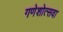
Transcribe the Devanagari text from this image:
गणेशोत्सवा